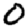
Digit: 0